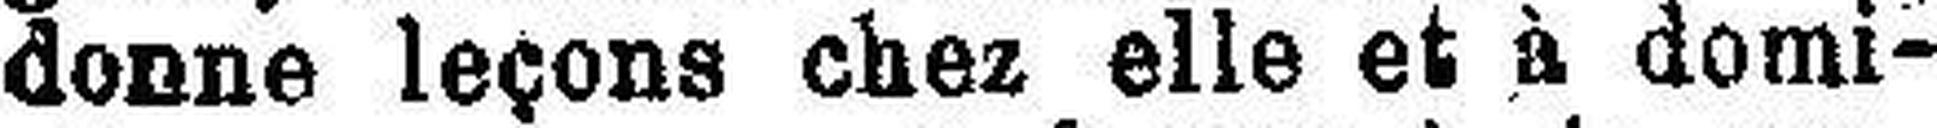
donne leçon chez elle et à domi¬